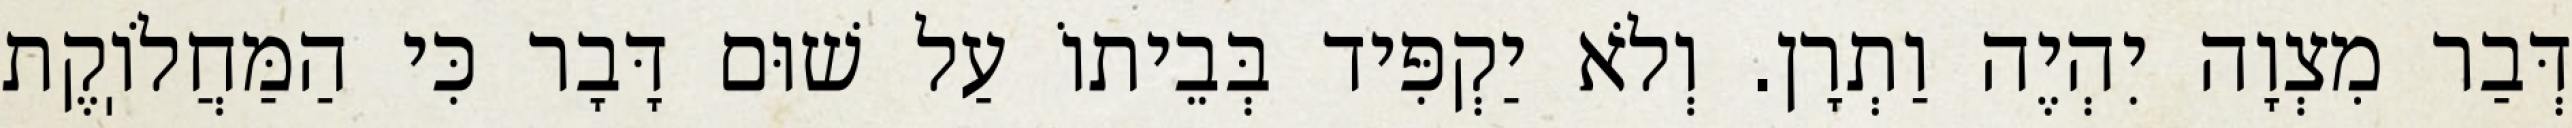
דְּבַר מִצְוָה יִהְיֶה וַתְרָן. וְלֹא יַקְפִּיד בְּבֵיתוֹ עַל שׁוּם דָּבָר כִּי הַמַּחֲלֹוֽקֶת